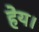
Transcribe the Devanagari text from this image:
हेय।